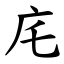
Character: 㡯